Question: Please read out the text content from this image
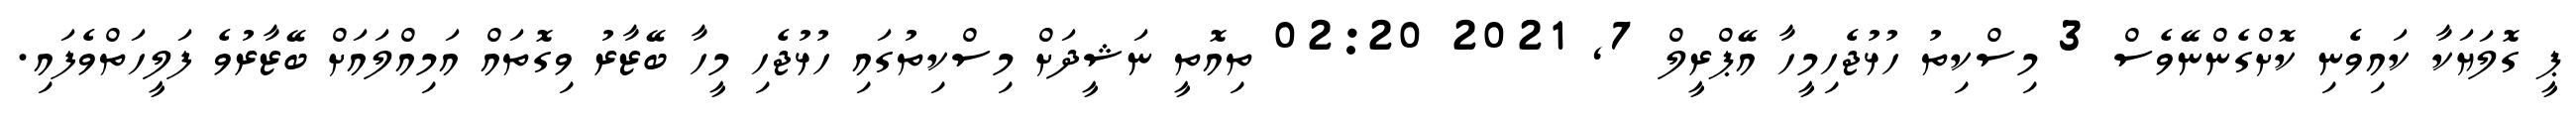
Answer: ޕީ ގޮލަޔަކާ ކައިވެނި ކޮށްގެންނޭވެސް 3 މިސްކިތު ހުޅުޖެހިމީހާ އޭޕްރީލް 7, 2021 02:20 ތިއޮތީ ނަޝީދަށް މިސްކިތުގައި ހުޅުޖެހި މީހާ ބޭޒާރު ވިގޮތައް އަމިއްލައަށް ބޭޒާރުވެ ފަލީހަތްވެފައި.